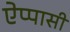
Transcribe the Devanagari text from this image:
ऐप्पासी